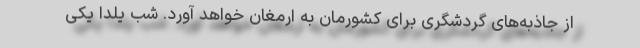
از جاذبه‌های گردشگری برای کشورمان به ارمغان خواهد آورد. شب یلدا یکی